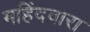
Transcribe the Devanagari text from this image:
महिंदवारा